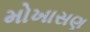
મોખાસણ